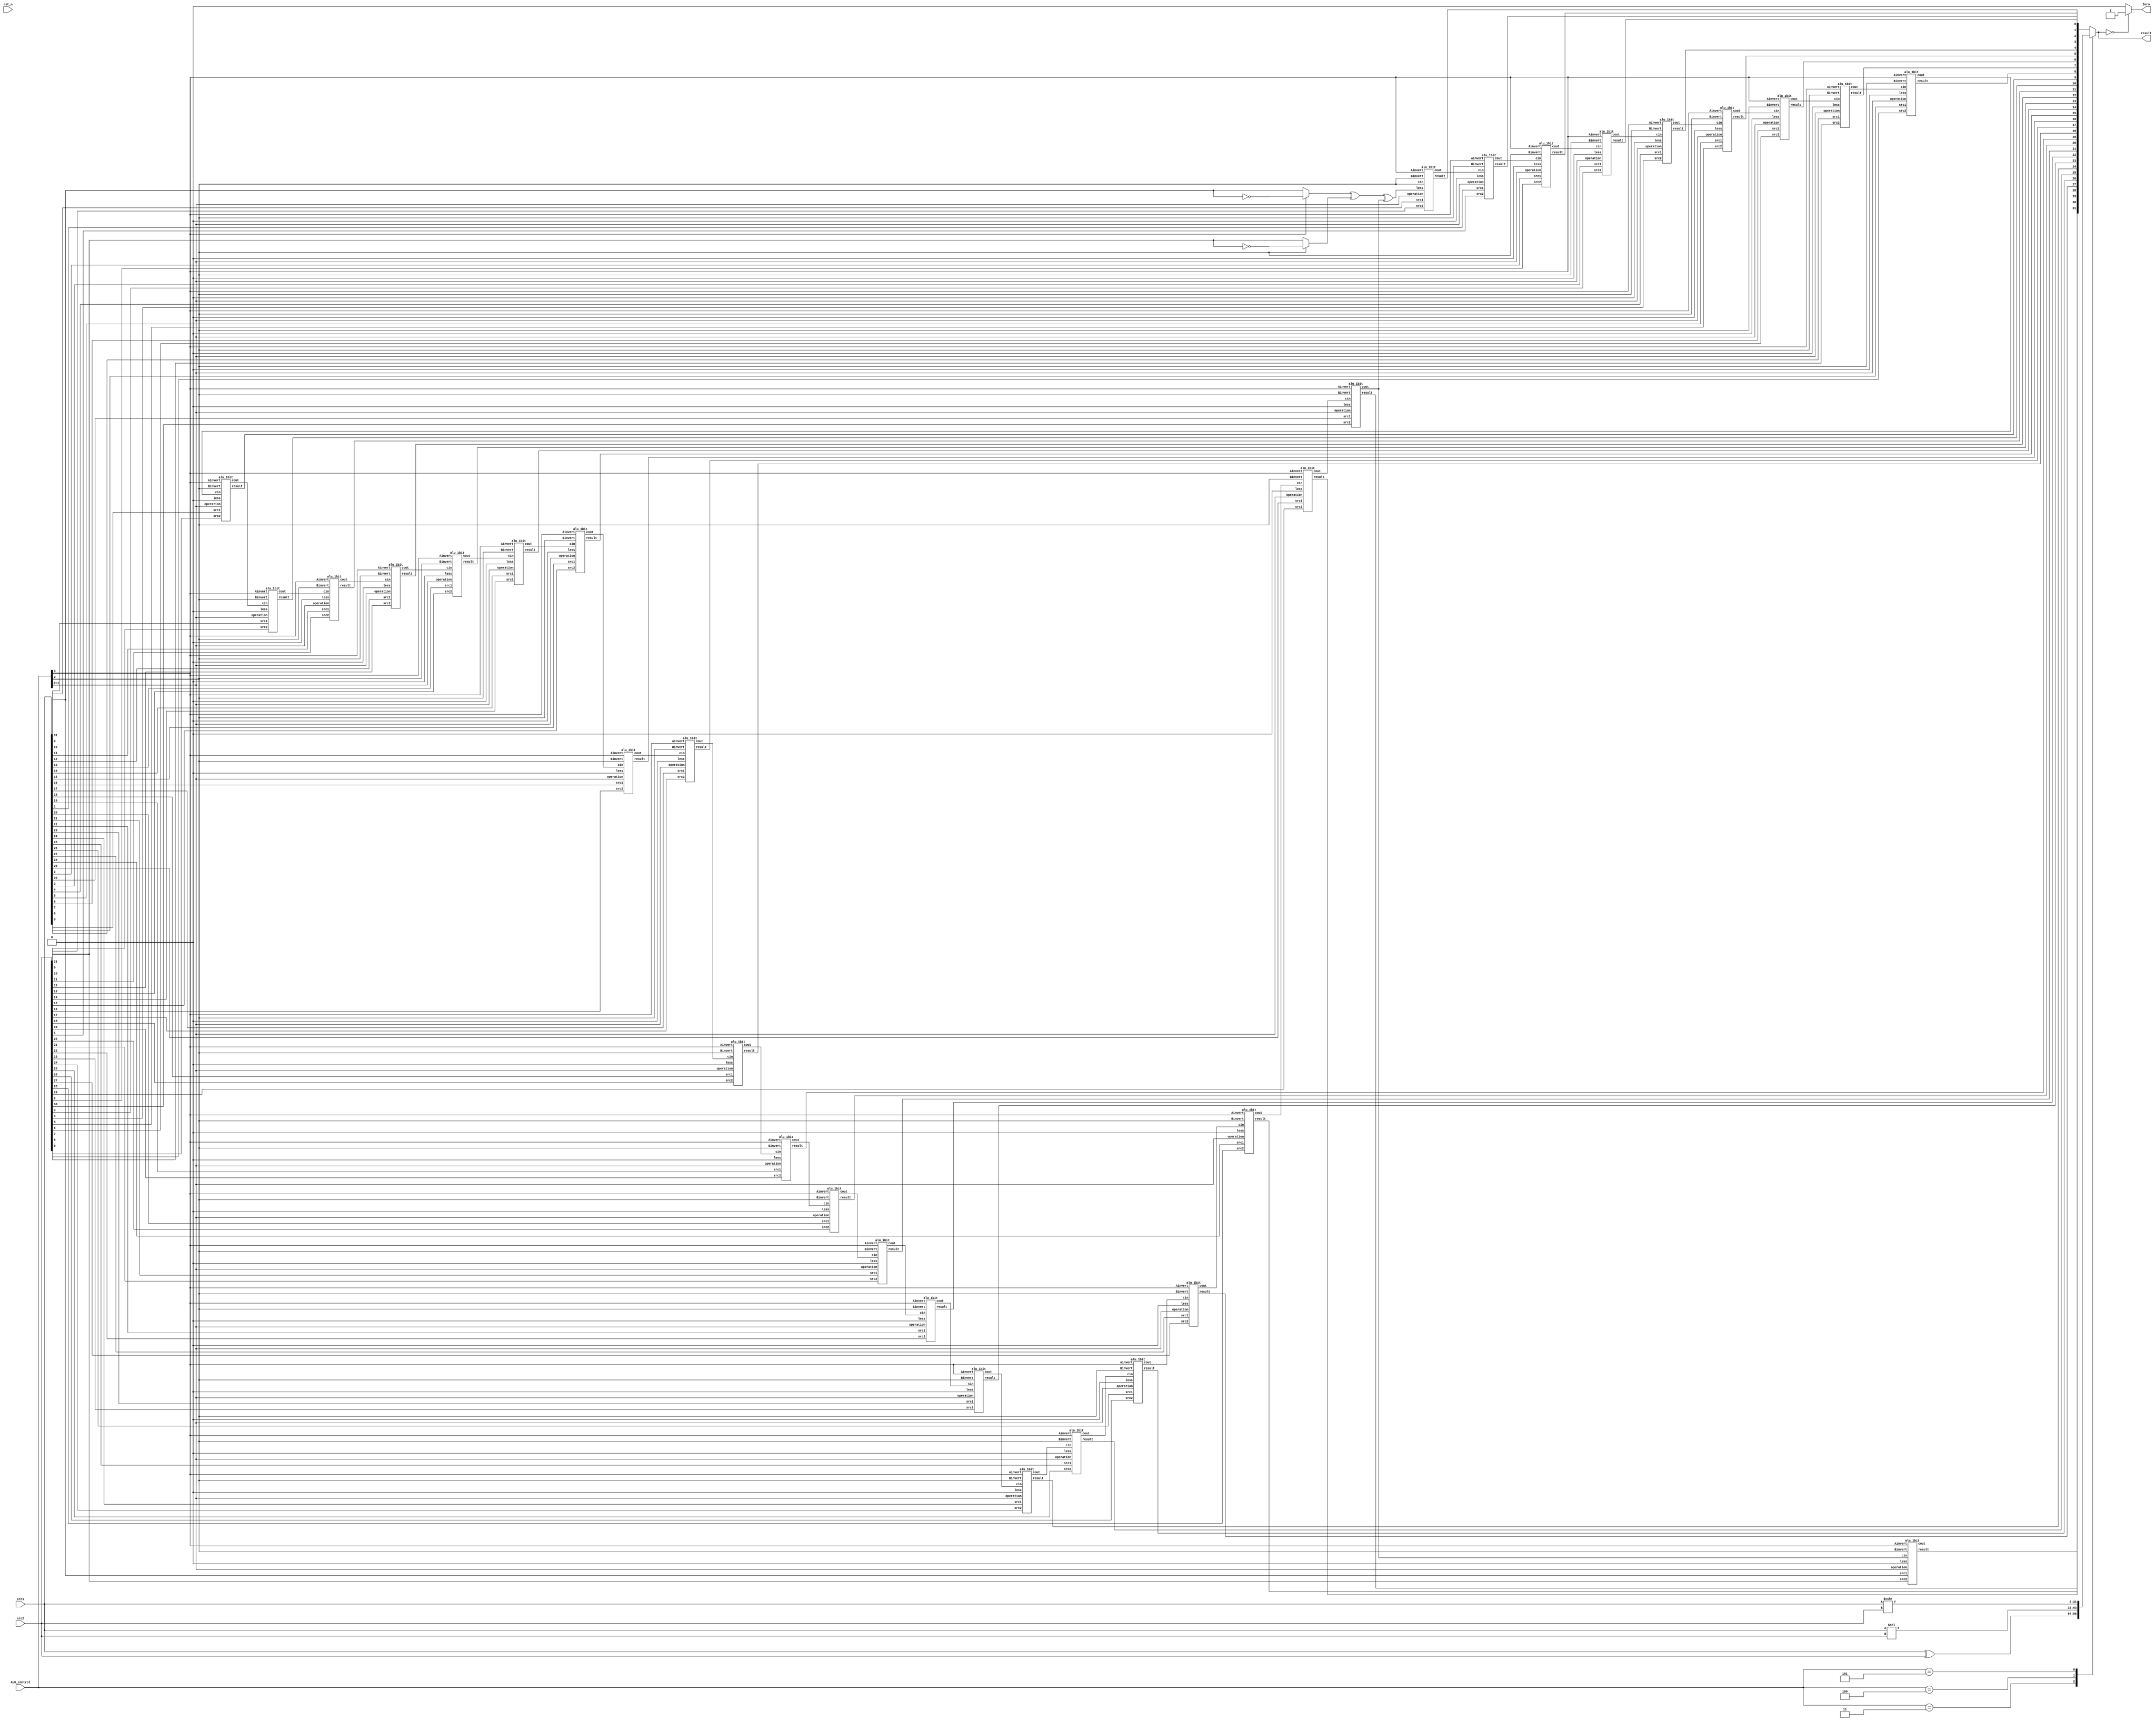
`timescale 1ns/1ps

module alu(
    input                   rst_n,         // negative reset            (input)
    input        [32-1:0]   src1,          // 32 bits source 1          (input)
    input        [32-1:0]   src2,          // 32 bits source 2          (input)
    input        [ 4-1:0]   ALU_control,   // 4 bits ALU control input  (input)
    output reg   [32-1:0]   result,        // 32 bits result            (output)
    output               Zero          // 1 bit when the output is 0, zero must be set (output)
);

/* Write your code HERE */

wire less = 0;
wire [31:0] carry_out, res;
wire A31, B31;
reg zero;

assign A31 = (ALU_control[3]) ? ~src1[31] : src1[31];
assign B31 = (ALU_control[2]) ? ~src2[31] : src2[31];
assign Zero = zero;

alu_1bit bit0(src1[0], src2[0], A31 ^ B31 ^ carry_out[30], ALU_control[3], ALU_control[2], ALU_control[2], ALU_control[1:0], res[0], carry_out[0]);
alu_1bit bit31to1[31:1](src1[31:1], src2[31:1], less, ALU_control[3], ALU_control[2], carry_out[30:0], ALU_control[1:0], res[31:1], carry_out[31:1]);

always@ (*) begin
	
	case(ALU_control)
		4'b0011: result <= src1 ^ src2;		//xor
		4'b0100: result <= src1 << src2;	//sll
		4'b0101: result <= src1 >>> src2;	//sra
		default: result <= res;
	endcase
	
	/*if (ALU_control[1:0] == 2'b10) begin	
		if (carry_out[31] == 1) begin
			cout <= 1;
		end else begin
			cout <= 0;
		end		
		if (carry_out[31] ^ carry_out[30]) begin
			overflow <= 1;
		end else begin
			overflow <= 0;
		end
	end else begin
		cout <= 0;
		overflow <= 0;
	end*/

	if (result == 0) begin
		zero <= 1;
	end else begin
		zero <= 0;
	end
	
end
endmodule

module alu_1bit(
	input				src1,       //1 bit source 1  (input)
	input				src2,       //1 bit source 2  (input)
	input				less,       //1 bit less      (input)
	input 				Ainvert,    //1 bit A_invert  (input)
	input				Binvert,    //1 bit B_invert  (input)
	input 				cin,        //1 bit carry in  (input)
	input 	    [2-1:0] operation,  //2 bit operation (input)
	output reg          result,     //1 bit result    (output)
	output reg          cout        //1 bit carry out (output)
	);
		
wire A, B, res;

MUX2to1 A_invert(
	.src1(src1),
	.src2(~src1),
	.select(Ainvert),
	.result(A)
);
MUX2to1 B_invert(
	.src1(src2),
	.src2(~src2),
	.select(Binvert),
	.result(B)
);
MUX4to1 op(
	.src1(A & B),
	.src2(A | B),
	.src3(A ^ B ^ cin),
	.src4(less),
	.select(operation),
	.result(res)
);
always@(*) begin
	result <= res;
	cout <= (A & B) | (A & cin) | (B & cin);
end
endmodule

module MUX4to1(
	input			src1,
	input			src2,
	input			src3,
	input			src4,
	input   [2-1:0] select,
	output reg		result
	);
	
	always @(*) begin
		case(select[1:0])
			2'b00: result = src1;
			2'b01: result = src2;
			2'b10: result = src3;
			2'b11: result = src4;
		endcase
	end
endmodule

module MUX2to1(
	input      src1,
	input      src2,
	input	   select,
	output reg result
	);
	always @(*) begin
		if (select) begin
			result <= src2;
		end else begin
			result <= src1;
		end
	end
endmodule